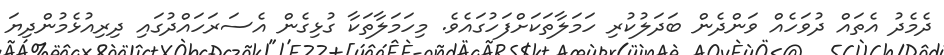
ދެމެދު އެތައް ދުވަހެއް ވަންދެން ބަދަލުކުރި ހަމަލާތަކަށްފަހުގައެވެ. މިހަމަލާތަކާ ގުޅިގެން އެސަރަހައްދުގައި ދިރިއުޅެމުންދިޔަ